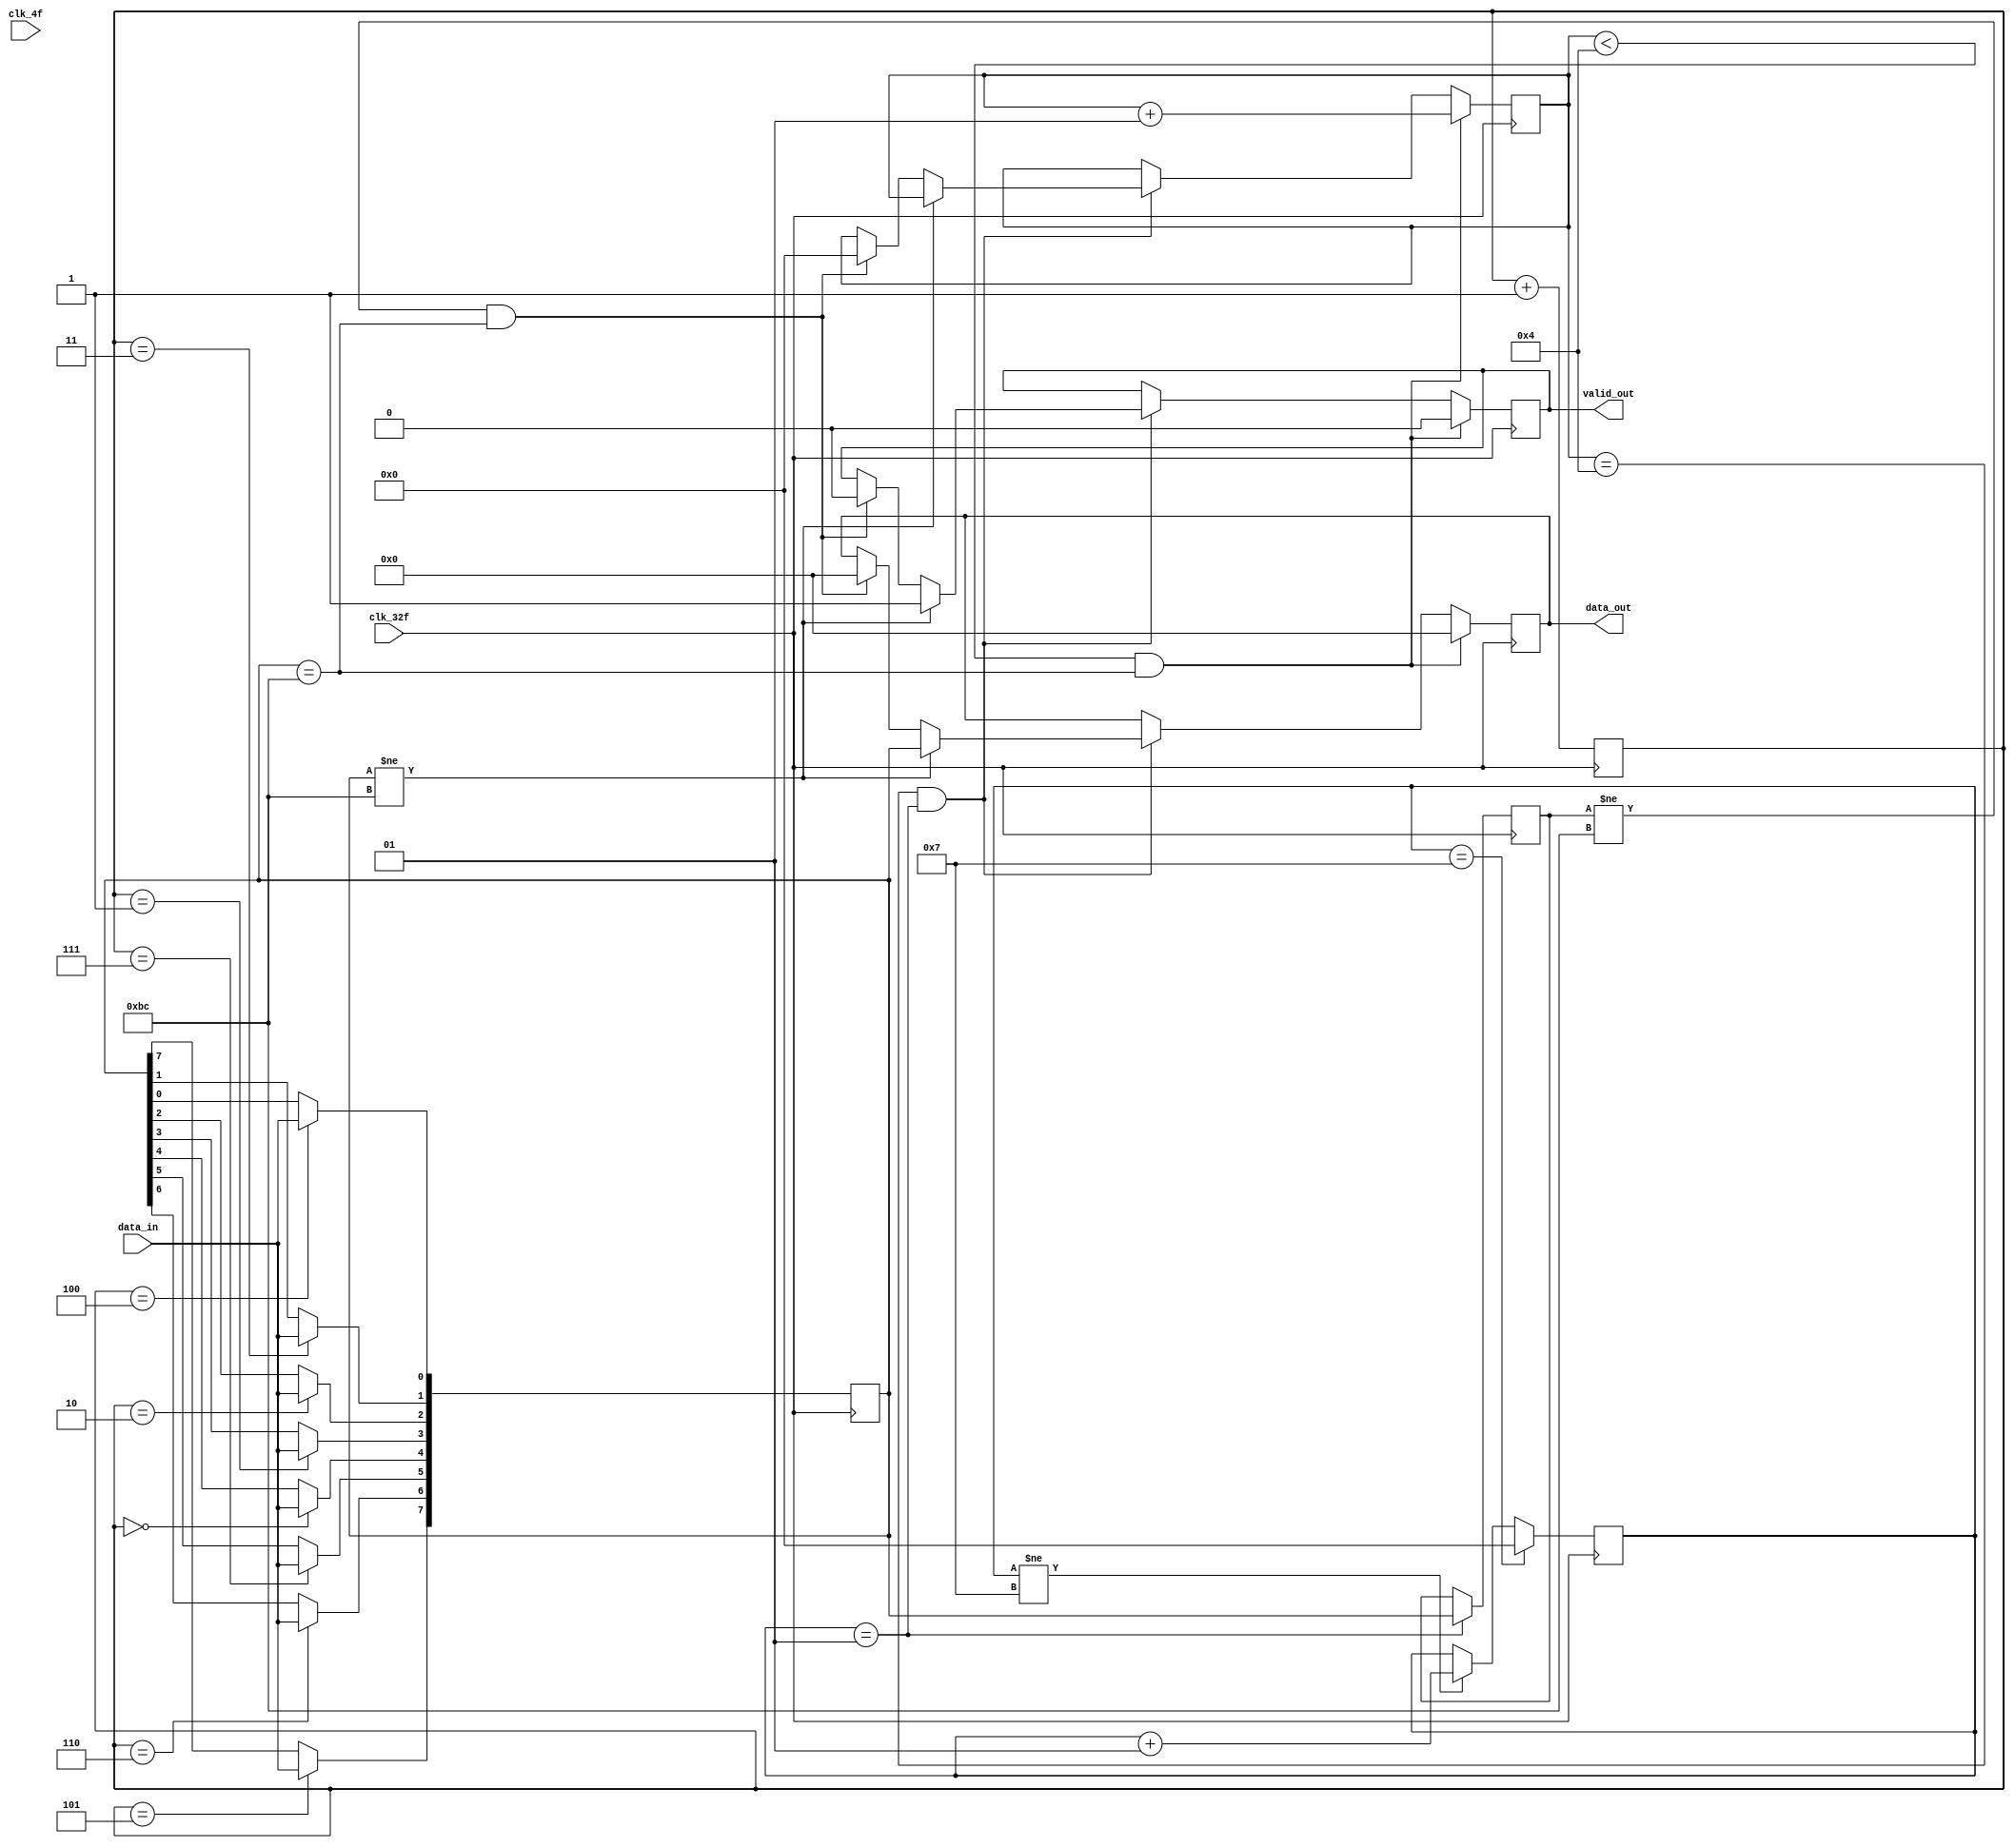
 /* ***********************************************************
                    Universidad de Costa Rica
                 Escuela de Ingenieria Electrica
                            IE-0323
                      Circuitos Digitales 1

                        serial_paralelo.v

Descripcion:
  

*********************************************************** */

module serial_paralelo(
	//ENTRADAS
			
			input data_in,			//entrada de datos
			input clk_32f,			//clock frecuencia 32
			input clk_4f,			//clock frecuencia 4
	//SALIDAS
	
			output reg	[7:0] data_out, 	//salida de datos	
			output reg  valid_out			//valid
						
);
			reg [7:0] buffer = 0;					//guarda datos actuales (n)
			reg [7:0] buffer_pasado;		//guarda datos pasados (n-1)
			reg active =1'b0; //active
			integer contador = 0;					//
			reg [2:0] contador2 = 3'b000;	
			integer contador_BC = 0;				//contador de datos BC entrada*se buscan 4
	initial begin
	data_out <= 8'b00000000;
	valid_out <= 1'b0;
	end


	always @(posedge clk_32f) begin

		 case (contador2)
            3'b101: buffer[7] <= data_in;
            3'b110: buffer[6] <= data_in;
            3'b111: buffer[5] <= data_in;
            3'b000: buffer[4] <= data_in;
            3'b001: buffer[3] <= data_in;
            3'b010: buffer[2] <= data_in;
            3'b011: buffer[1] <= data_in;
            3'b100: buffer[0] <= data_in;
            default: buffer <= 0;
        endcase
    
    contador2 = contador2 + 1;                // Aumentar el contador
		
	end
	
	always @(posedge clk_32f)
	
	begin
				
				if (contador_BC == 4 && contador == 1)
				begin
					
					active <= 1;
					
					if (buffer != 8'hBC)
					
					begin
						
						valid_out	<= 1;
						data_out <= buffer;
					end
					
				else if (buffer_pasado != 8'hBC && buffer == 8'hBC)
					
					begin
						
						valid_out	<= 0;
						contador_BC <= 0;
						data_out <= 0;//modificacion
						
					end
			end
				
				if (contador_BC < 4 && buffer == 8'hBC)
				
				begin
					
						valid_out	<= 0;
						data_out <= 0;
						contador_BC <= contador_BC + 1;
				end
					
				if (contador == 1)
				begin
						buffer_pasado <=buffer;
				end
				
				if (contador == 7)
				begin
						contador <= 0;
				end
				
				else if (contador != 7)
				begin
						contador <= contador + 1;
				end
		
	end
endmodule